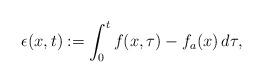
LaTeX: \begin{align*}\epsilon(x,t) := \int_0^t f(x,\tau) - f_a(x) \,d\tau,\end{align*}